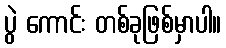
ပွဲ ကောင်း တစ်ခုဖြစ်မှာပါ။